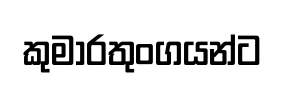
කුමාරතුංගයන්ට